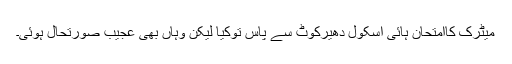
میٹرک کاامتحان ہائی اسکول دھیرکوٹ سے پاس توکیا لیکن وہاں بھی عجیب صورتحال ہوئی۔